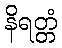
နိရတ္တံ